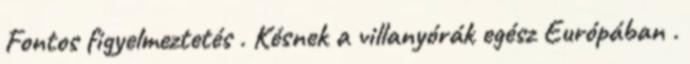
Fontos figyelmeztetés . Késnek a villanyórák egész Európában .